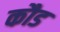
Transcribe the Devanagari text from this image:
कौड